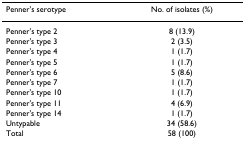
<table><thead><tr><td><b>Penner&#x27;s serotype</b></td><td><b>No. of isolates (%)</b></td></tr></thead><tbody><tr><td>Penner&#x27;s type 2</td><td>8 (13.9)</td></tr><tr><td>Penner&#x27;s type 3</td><td>2 (3.5)</td></tr><tr><td>Penner&#x27;s type 4</td><td>1 (1.7)</td></tr><tr><td>Penner&#x27;s type 5</td><td>1 (1.7)</td></tr><tr><td>Penner&#x27;s type 6</td><td>5 (8.6)</td></tr><tr><td>Penner&#x27;s type 7</td><td>1 (1.7)</td></tr><tr><td>Penner&#x27;s type 10</td><td>1 (1.7)</td></tr><tr><td>Penner&#x27;s type 11</td><td>4 (6.9)</td></tr><tr><td>Penner&#x27;s type 14</td><td>1 (1.7)</td></tr><tr><td>Untypable</td><td>34 (58.6)</td></tr><tr><td>Total</td><td>58 (100)</td></tr></tbody></table>